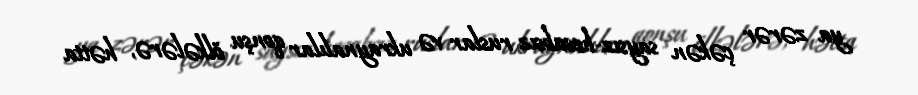
ya zərər çəkən saysız-hesabsız ruslar və ukraynalılar qonşu ölkələrə, hətta